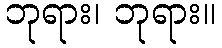
ဘုရား၊ ဘုရား။